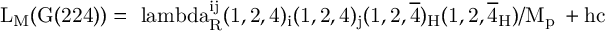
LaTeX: \mathrm { { \cal L } _ { M } ( G ( 2 2 4 ) ) = \ l a m b d a _ { R } ^ { i j } ( 1 , 2 , 4 ) _ { i } ( 1 , 2 , 4 ) _ { j } ( 1 , 2 , \overline { { { 4 } } } ) _ { H } ( 1 , 2 , \overline { { { 4 } } } _ { H } ) / M _ { p \ell } + h c }